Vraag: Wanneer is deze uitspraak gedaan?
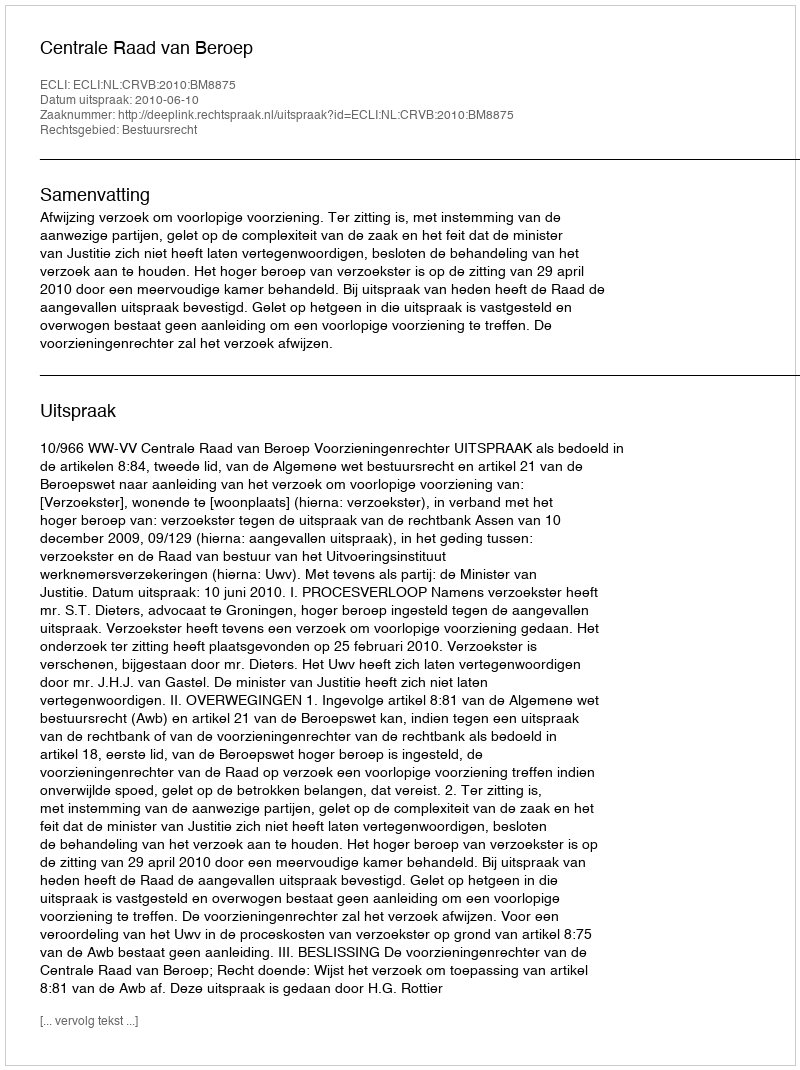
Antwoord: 2010-06-10